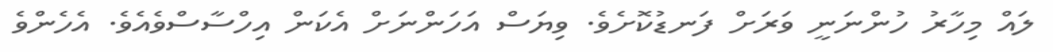
ލައް މިހާރު ހުންނަނީ ވަރަށް ފަނޑުކޮށެވެ. ވިޔަސް އަހަންނަށް އެކަން އިހްސާސްވެއެވެ. އެހެންވެ